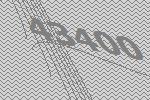
43400